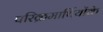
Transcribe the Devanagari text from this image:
परिक्रमार्थियोंके